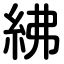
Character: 紼